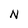
Character: N